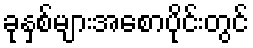
ခုနှစ်များအစောပိုင်းတွင်